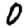
Digit: 0